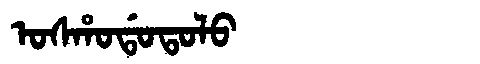
Manchu: ᠣᠰᡥᠣᡩᠣᡨᠣᠯᠣ
Romanization: OSHODOTOLO